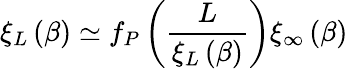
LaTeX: \xi_{L}\left(\beta\right)\simeq f_{P}\left(\frac{L}{\xi_{L}\left(\beta\right)}\right)\xi_{\infty}\left(\beta\right)